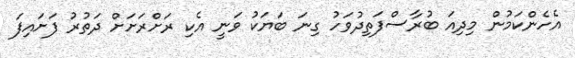
އެހެންކަމުން މިދިއަ ބުރާސްފަތިދުވަހު ގިނަ ބަޔަކު ވަނީ އެކި ރަށްރަށަށް ދަތުރު ފަށައިފަ